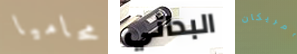
محاميا البدائي أمريكان